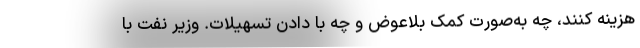
هزینه کنند، چه به‌صورت کمک بلاعوض و چه با دادن تسهیلات. وزیر نفت با